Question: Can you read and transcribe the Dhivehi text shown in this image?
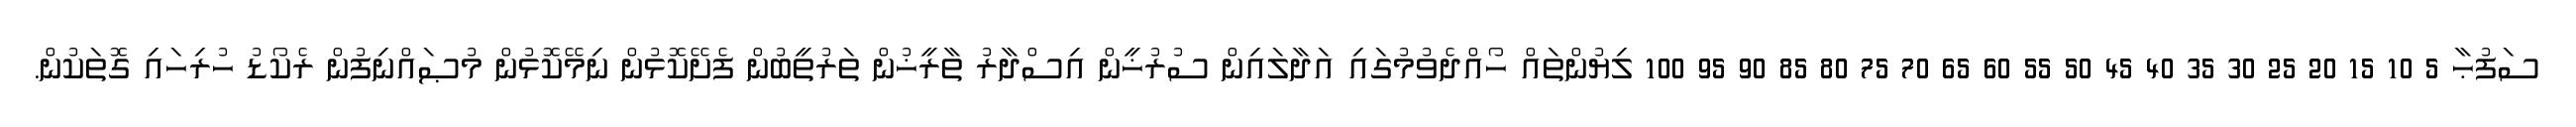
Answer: ސަފުޙާ 5 10 15 20 25 30 35 40 45 50 55 60 65 70 75 80 85 90 95 100 ލިޔުންތައް ހޯއްދެވުމުގައި އަދާލައިން ސުރުޚީން އިސްދާރު ތާރީޚުން ތަރުތީބުން ފެށޭކޮޅުން ނިމޭކޮޅުން މުޞައްނިފުން ރެކޯޑު ހުރިހައި ގޮތަކުން.